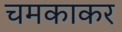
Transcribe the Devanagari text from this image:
चमकाकर